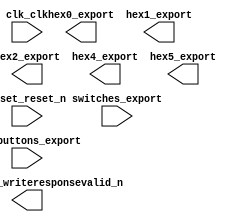

module ServoControlle_NIOS2 (
	clk_clk,
	conduit_end_writeresponsevalid_n,
	hex0_export,
	hex1_export,
	hex2_export,
	hex4_export,
	hex5_export,
	pushbuttons_export,
	reset_reset_n,
	switches_export);	

	input		clk_clk;
	output		conduit_end_writeresponsevalid_n;
	output	[6:0]	hex0_export;
	output	[6:0]	hex1_export;
	output	[6:0]	hex2_export;
	output	[6:0]	hex4_export;
	output	[6:0]	hex5_export;
	input	[3:0]	pushbuttons_export;
	input		reset_reset_n;
	input	[7:0]	switches_export;
endmodule